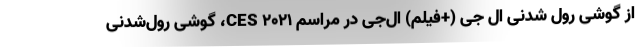
از گوشی رول شدنی ال جی (+فیلم) ال‌جی در مراسم CES 2021، گوشی رول‌شدنی